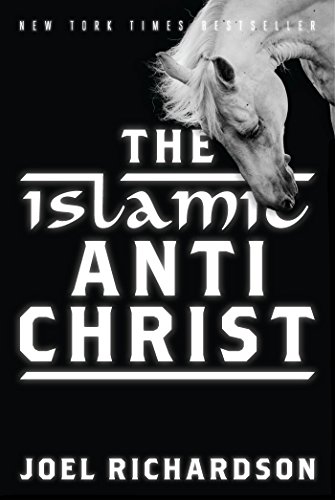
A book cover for The Islamic Antichrist; Joel Richardson; Christian Books & Bibles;